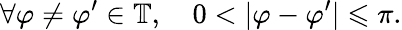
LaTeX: \forall\varphi\neq\varphi^{\prime}\in\mathbb{T},\quad 0<|\varphi-\varphi^{\prime}|\leqslant\pi.